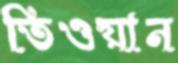
তিওয়ান